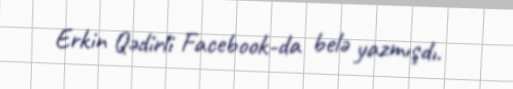
Erkin Qədirli Facebook-da belə yazmışdı.